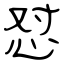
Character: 怼